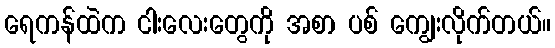
ရေကန်ထဲက ငါးလေးတွေကို အစာ ပစ် ကျွေးလိုက်တယ်။